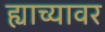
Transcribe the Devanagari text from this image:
ह्याच्यावर